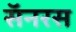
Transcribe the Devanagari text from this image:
सॅनरस